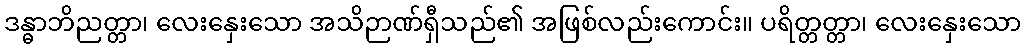
ဒန္ဓာဘိညတ္တာ၊ လေးနှေးသော အသိဉာဏ်ရှီသည်၏ အဖြစ်လည်းကောင်း။ ပရိတ္တတ္တာ၊ လေးနှေးသော